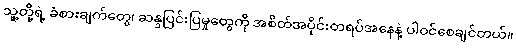
သူ့တို့ရဲ့ ခံစားချက်တွေ၊ ဆန္ဒပြင်းပြမှုတွေကို အစိတ်အပိုင်းတရပ်အနေနဲ့ ပါဝင်စေချင်တယ်။